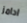
ادامز